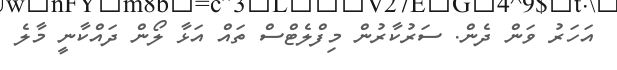
އަހަރު ވަން ދެން. ސަރުކާރުން މިފްލެޓްސް ތައް އަޅާ ލޯން ދައްކާނީ މާލެ